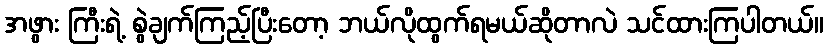
အဖွား ကြီးရဲ့ စွဲချက်ကြည့်ပြီးတော့ ဘယ်လိုထွက်ရမယ်ဆိုတာလဲ သင်ထားကြပါတယ်။